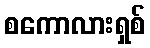
စကောလားရှစ်